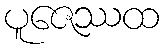
ပူဇေဿထ